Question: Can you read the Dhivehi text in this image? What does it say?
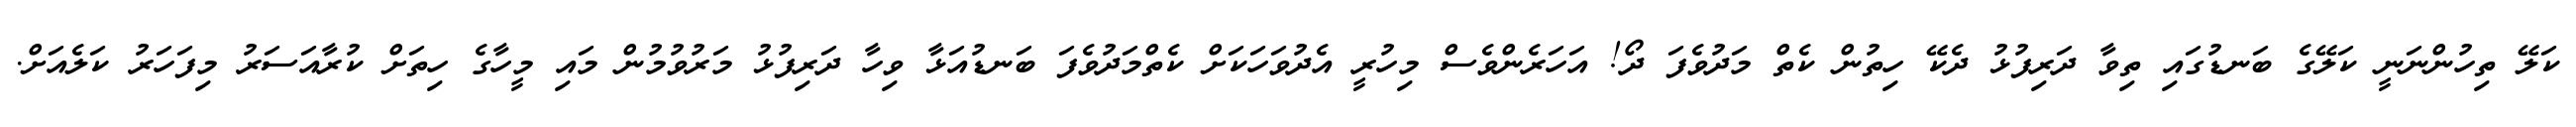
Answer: ކަލޭ ތިހުންނަނީ ކަލޭގެ ބަނޑުގައި ތިވާ ދަރިފުޅު ދެކޭ ހިތުން ކެތް މަދުވެފަ ދޯ! އަހަރެންވެސް މިހުރީ އެދުވަހަކަށް ކެތްމަދުވެފަ ބަނޑުއަޅާ ވިހާ ދަރިފުޅު މަރުވުމުން މައި މީހާގެ ހިތަށް ކުރާއަސަރު މިފަހަރު ކަލެއަށް.